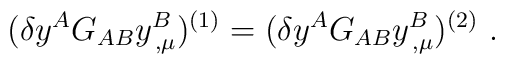
(\delta y^{A}G_{AB}y^{B}_{\,,\mu})^{(1)}    =(\delta y^{A}G_{AB}y^{B}_{\,,\mu})^{(2)} ~.